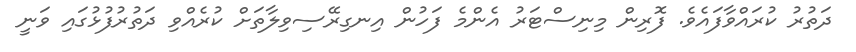
ދަތުރު ކުރައްވާފައެވެ. ފޮރިން މިނިސްޓަރު އެންމެ ފަހުން އިނގިރޭސިވިލާތަށް ކުރެއްވި ދަތުރުފުޅުގައި ވަނީ